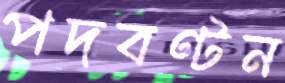
পদবণ্টন